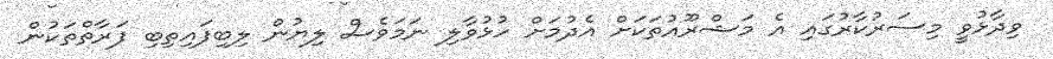
ވިދާޅުވީ މިސަރުކާރުގައި އެ މަޝްރޫއުތަކަށް އެދުމަށް ހުޅުވާލި ނަމަވެސް ލިޔުން ލިބިފައިތިބި ފަރާތްތަކުން